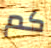
كم